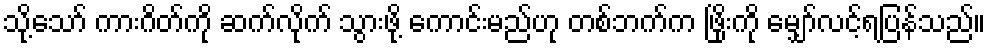
သို့သော် ကားဂိတ်ကို ဆက်လိုက် သွားဖို့ ကောင်းမည်ဟု တစ်ဘက်က ဖြိုးကို မျှော်လင့်ရပြန်သည်။